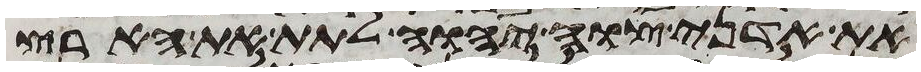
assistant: את אדני צוה יהוה לתת את הארץ